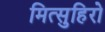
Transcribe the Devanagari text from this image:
मित्सुहिरो